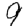
Digit: 9